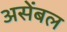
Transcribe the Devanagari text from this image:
असेंबल